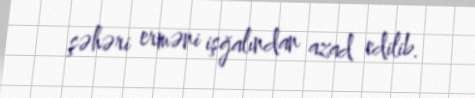
şəhəri erməni işğalından azad edilib.